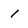
Character: i